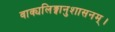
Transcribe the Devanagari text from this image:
वाक्यलिङ्गानुशासनम्।